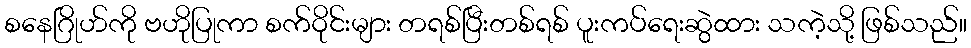
စနေဂြိုဟ်ကို ဗဟိုပြုကာ စက်ဝိုင်းများ တရစ်ပြီးတစ်ရစ် ပူးကပ်ရေးဆွဲထား သကဲ့သို့ ဖြစ်သည်။